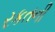
રકતની